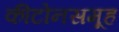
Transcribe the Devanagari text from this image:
कीटोनसमूह